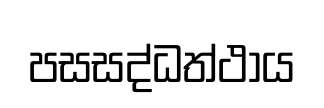
පසසද්ධත්ථාය